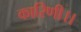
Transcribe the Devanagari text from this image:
कारिणी।।